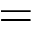
=